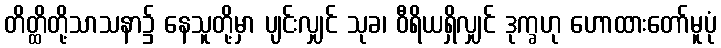
တိတ္ထိတို့သာသနာ၌ နေသူတို့မှာ ပျင်းလျှင် သုခ၊ ဝီရိယရှိလျှင် ဒုက္ခဟု ဟောထားတော်မူပုံ